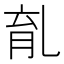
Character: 𠃴